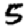
Digit: 5